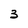
Character: 3